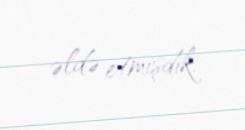
əldə etmişdik.